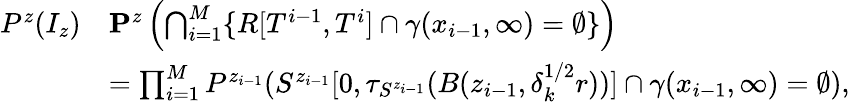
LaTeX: \begin{array}{rl}{P^{z}(I_{z})}&{\le P^{z}\left(\bigcap_{i=1}^{M}\{ R[T^{i-1},T^{i}]\cap\gamma(x_{i-1},\infty)=\emptyset\} \right)}\\ &{=\prod_{i=1}^{M}P^{z_{i-1}}(S^{z_{i-1}}[0,\tau_{S^{z_{i-1}}}(B(z_{i-1},\delta_{k}^{1/2}r))]\cap\gamma(x_{i-1},\infty)=\emptyset),}\end{array}